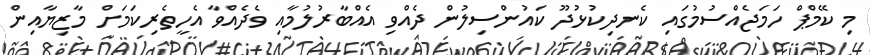
މި ކޭމްޕް ހަމަޖެއްސުމުގައި ކެނދިކުޅުދޫ ކައުންސިލުން ދެއްވި އެއްބާރުލުމާއި ވެދެއްވާ އެހީތެރިކަމަށް މާޒިޔާއިން